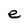
Character: e